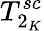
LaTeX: T_{2_{K}}^{sc}